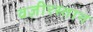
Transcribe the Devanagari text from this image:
वज़ीरस्तान